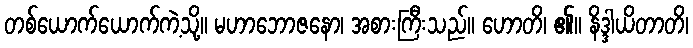
တစ်ယောက်ယောက်ကဲ့သို့။ မဟာဘောဇနော၊ အစားကြီးသည်။ ဟောတိ၊ ၏။ နိဒ္ဒါယိတာတိ၊